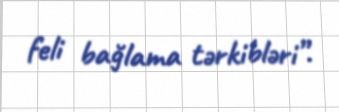
feli bağlama tərkibləri”.